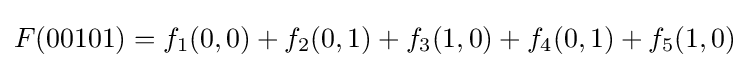
F(00101)=f_{1}(0,0)+f_{2}(0,1)+f_{3}(1,0)+f_{4}(0,1)+f_{5}(1,0)